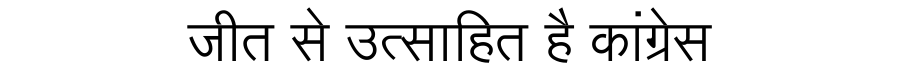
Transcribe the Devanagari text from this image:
जीत से उत्साहित है कांग्रेस